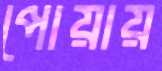
পোয়ায়